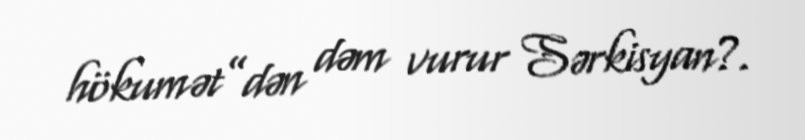
hökumət”dən dəm vurur Sərkisyan?.